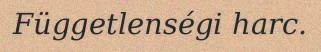
Függetlenségi harc.